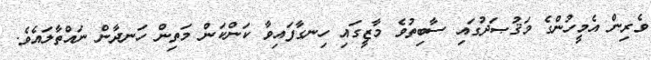
ވެރިން އެމީހުންގެ މަޤުޞަދުގައި ސާބިތުވެ މާޒީގައި ހިނގާފައިވާ ކަންކަން މަތިން ހަނދާން ނައްތާލައެވެ.